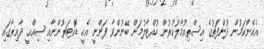
އެހެންކަމުން ދުންފަތުގެ އިސްތިއުމާލުކުރުން ހުއްޓާލުމަށް ބޭނުންވާ ފަންނީ އެހީ ޑޮކްޓަރުންނާއި ޞިއްޙީ ދާއިރާގައި